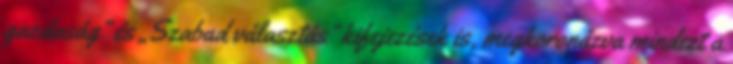
gazdaság” és „Szabad választás” kifejezések is, megkoronázva mindezt a